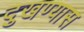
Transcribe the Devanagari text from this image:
दुखण्यास